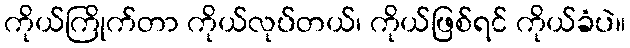
ကိုယ်ကြိုက်တာ ကိုယ်လုပ်တယ်၊ ကိုယ်ဖြစ်ရင် ကိုယ်ခံပဲ။